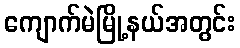
ကျောက်မဲမြို့နယ်အတွင်း